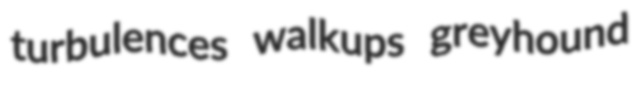
turbulences walkups greyhound